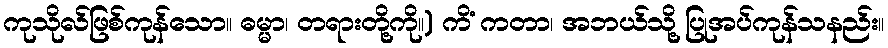
ကုသိုလ်ဖြစ်ကုန်သော။ ဓမ္မာ၊ တရားတို့ကို။) ကိံ ကတာ၊ အဘယ်သို့ ပြုအပ်ကုန်သနည်း။